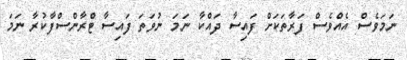
ނަމަވެސް އެއްވެސް ފަރާތަކަށް ފައިސާ ދައްކާ ނަމަ ނުވަތަ ފައިސާ ޓްރާންސްފާކުރާ ނަމަ